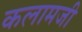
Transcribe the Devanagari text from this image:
कलामजी